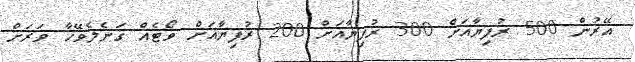
އޭރުން 500 ރުފިޔާއަށް 300 ރުފިޔާއަށް 200 ރުފިޔާއަށް ވޯޓެއް ގަނެލެވޭހާ ވަރަށް